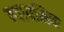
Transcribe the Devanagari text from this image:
न्यायलिक